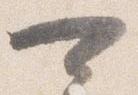
可